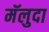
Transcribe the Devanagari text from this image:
मॅलुदा